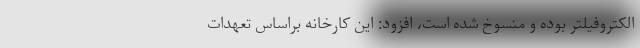
الکتروفیلتر بوده و منسوخ شده است، افزود: این کارخانه براساس تعهدات